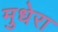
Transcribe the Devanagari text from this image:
मुधेरा